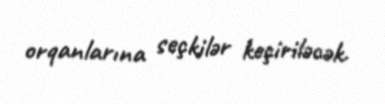
orqanlarına seçkilər keçiriləcək.